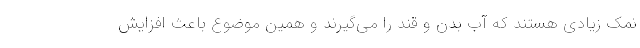
نمک زیادی هستند که آب بدن و قند را می‌گیرند و همین موضوع باعث افزایش